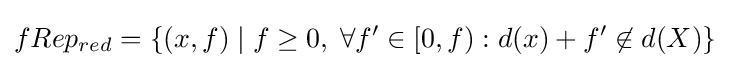
fRep_{red}=\{(x,f)\mid f\geq 0,\;\forall f'\in [0,f):d(x)+f'\not \in d(X)\}